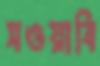
সওয়াবি